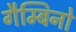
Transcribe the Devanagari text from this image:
गैम्बिनो